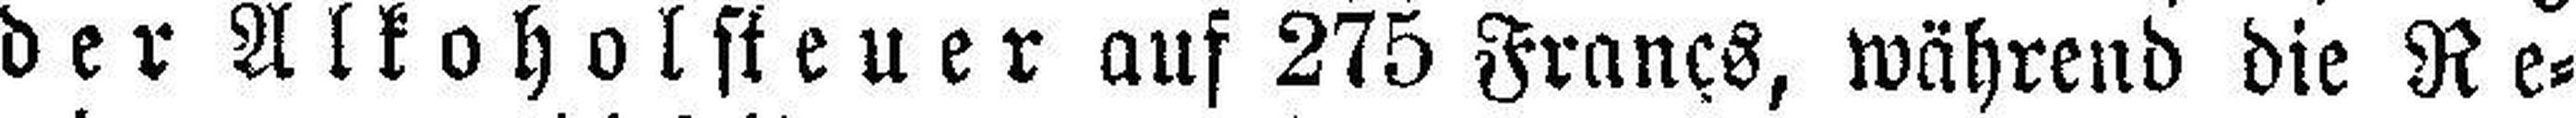
der Alkoholsteuer auf 275 Franes, während die Re¬